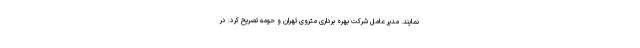
نمایند. مدیر عامل شرکت بهره برداری متروی تهران و حومه تصریح کرد: در